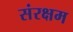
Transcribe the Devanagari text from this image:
संरक्षम